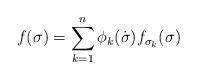
LaTeX: \begin{align*} f(\sigma) = \sum_{k=1}^{n}\phi_{k}(\dot \sigma)f_{\sigma_{k}}(\sigma) \end{align*}